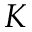
K